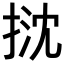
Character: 𢭽